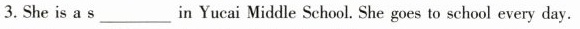
3. She is a s___in Yucai Middle School. She goes to school every day.